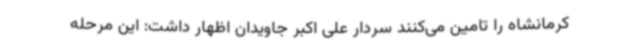
کرمانشاه را تامین می‌کنند سردار علی اکبر جاویدان اظهار داشت: این مرحله